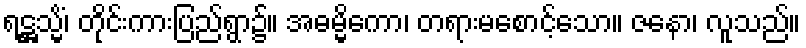
ရဋ္ဌသ္မိံ၊ တိုင်းကားပြည်ရွာ၌။ အဓမ္မိကော၊ တရားမစောင့်သော။ ဇနော၊ လူသည်။